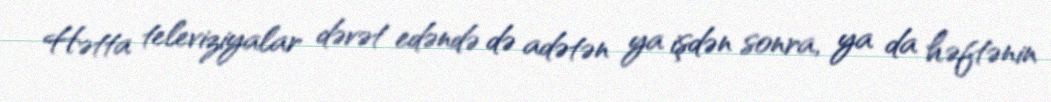
Hətta televiziyalar dəvət edəndə də adətən ya işdən sonra, ya da həftənin